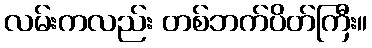
လမ်းကလည်း တစ်ဘက်ပိတ်ကြီး။